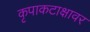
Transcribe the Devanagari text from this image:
कृपाकटाक्षावर